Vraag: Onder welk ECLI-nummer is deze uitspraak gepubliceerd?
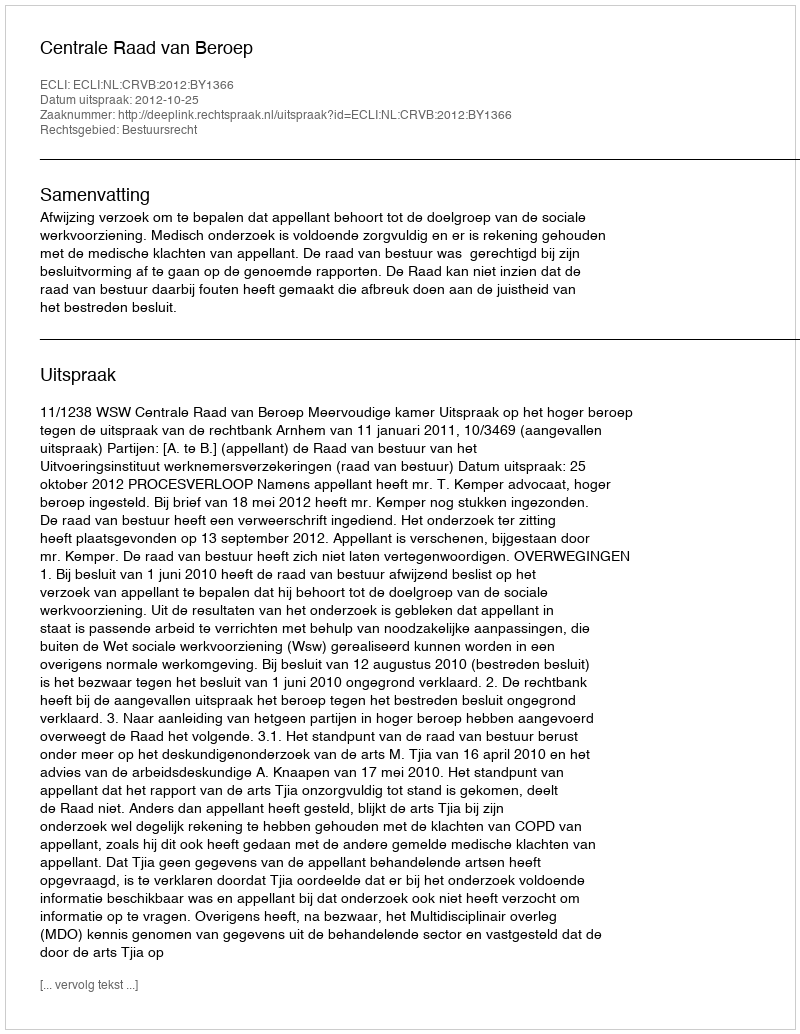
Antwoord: ECLI:NL:CRVB:2012:BY1366